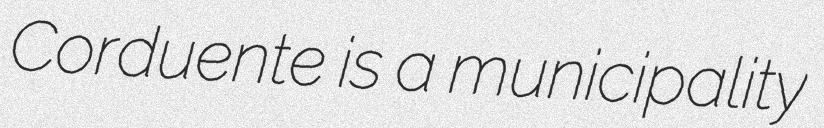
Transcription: Corduente is a municipality